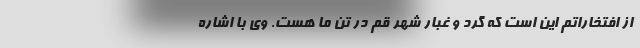
از افتخاراتم این است که گرد و غبار شهر قم در تن ما هست. وی با اشاره